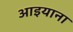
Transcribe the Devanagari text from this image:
आइयाना